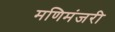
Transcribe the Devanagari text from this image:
मणिमंजरी